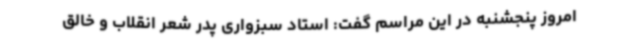
امروز پنجشنبه در این مراسم گفت: استاد سبزواری پدر شعر انقلاب و خالق